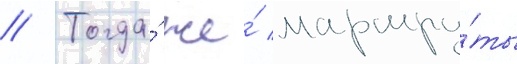
// Тогда́ же́ маршру́ты